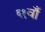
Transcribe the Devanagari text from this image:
६१वाँ